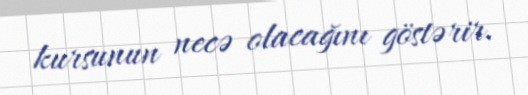
kursunun necə olacağını göstərir.